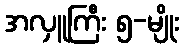
အလှူကြီး ၅-မျိုး